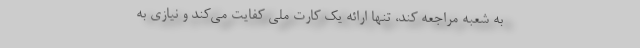
به شعبه مراجعه کند، تنها ارائه یک کارت ملی کفایت می‌کند و نیازی به